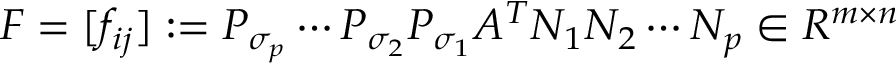
\begin{array} { r } { F = [ f _ { i j } ] : = P _ { \sigma _ { p } } \cdots P _ { \sigma _ { 2 } } P _ { \sigma _ { 1 } } A ^ { T } N _ { 1 } N _ { 2 } \cdots N _ { p } \in R { ^ { m \times n } } } \end{array}